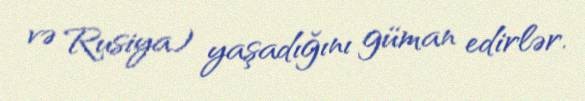
və Rusiya) yaşadığını güman edirlər.